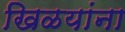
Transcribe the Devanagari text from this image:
खिळयांना